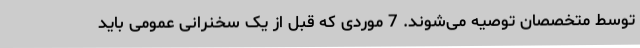
توسط متخصصان توصیه می‌شوند. 7 موردی که قبل از یک سخنرانی عمومی باید